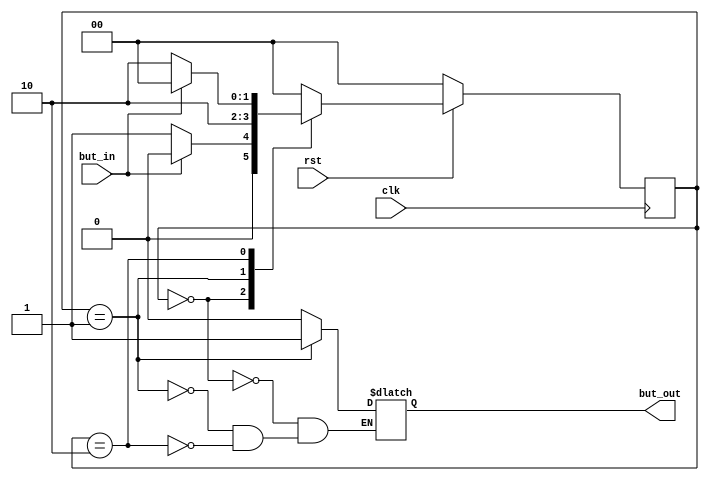
// ECE 6370
// Button Shaper Module.
`timescale 1ns/1ns

module button_shaper(clk,rst, but_in, but_out);

input but_in;
output but_out;
input clk,rst;

reg but_out;

parameter INIT = 0;
parameter PULSE = 1;
parameter WAIT = 2;

reg [1:0] state,state_next;

//
always@(state, but_in )
	begin
		case(state)
			INIT:
				begin
					but_out = 1'b0;
					if (but_in==0)
						begin
							state_next <= PULSE;
						end
					else
						begin
							state_next <= INIT;
						end
				end
			
			PULSE:
				begin
					but_out<=1'b1;
					state_next<=WAIT;
				end
			
			WAIT:
				begin
					but_out<=1'b0;
					if (but_in==0)
						begin
							state_next<=WAIT;
						end
					else 
						begin
							state_next<=INIT;
						end
				end
			
			default:
				begin
					state_next<=INIT;
				end
		endcase			
	end

// StateReg
always @(posedge clk ) 
	begin
		if(rst==0)
			begin
				state<=INIT;
			end
		else
			begin
				state<=state_next;
			end
		end

endmodule